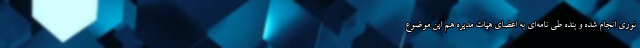
نوری انجام شده و بنده طی نامه‌ای به اعضای هیات مدیره هم این موضوع